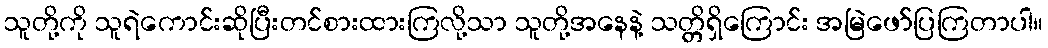
သူတို့ကို သူရဲကောင်းဆိုပြီးတင်စားထားကြလို့သာ သူတို့အနေနဲ့ သတ္တိရှိကြောင်း အမြဲဖော်ပြကြတာပါ။